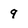
Character: 9